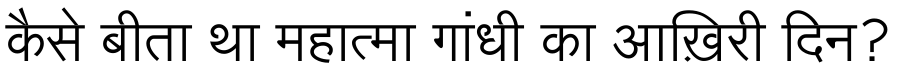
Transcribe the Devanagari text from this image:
कैसे बीता था महात्मा गांधी का आख़िरी दिन?